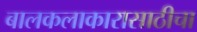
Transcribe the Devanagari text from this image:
बालकलाकारासाठीचा